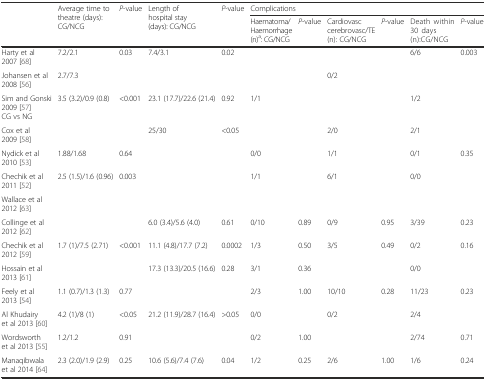
<table><thead><tr><td rowspan="2"></td><td rowspan="2"><b>Average time to theatre (days): CG/NCG</b></td><td rowspan="2"><b><i>P</i>-value</b></td><td rowspan="2"><b>Length of hospital stay (days): CG/NCG</b></td><td rowspan="2"><b><i>P</i>-value</b></td><td colspan="6"><b>Complications</b></td></tr><tr><td><b>Haematoma/Haemorrhage (n)<sup>a</sup>: CG/NCG</b></td><td><b><i>P</i>-value</b></td><td><b>Cardiovasc cerebrovasc/TE (n): CG/NCG</b></td><td><b><i>P</i>-value</b></td><td><b>Death within 30 days (n):CG/NCG</b></td><td><b><i>P</i>-value</b></td></tr></thead><tbody><tr><td>Harty et al 2007 [68]</td><td>7.2/2.1</td><td>0.03</td><td>7.4/3.1</td><td>0.02</td><td></td><td></td><td></td><td></td><td>6/6</td><td>0.003</td></tr><tr><td>Johansen et al 2008 [56]</td><td>2.7/7.3</td><td></td><td></td><td></td><td></td><td></td><td>0/2</td><td></td><td></td><td></td></tr><tr><td>Sim and Gonski 2009 [57]CG vs NG</td><td>3.5 (3.2)/0.9 (0.8)</td><td>&lt;0.001</td><td>23.1 (17.7)/22.6 (21.4)</td><td>0.92</td><td>1/1</td><td></td><td></td><td></td><td>1/2</td><td></td></tr><tr><td>Cox et al 2009 [58]</td><td></td><td></td><td>25/30</td><td>&lt;0.05</td><td></td><td></td><td>2/0</td><td></td><td>2/1</td><td></td></tr><tr><td>Nydick et al 2010 [53]</td><td>1.88/1.68</td><td>0.64</td><td></td><td></td><td>0/0</td><td></td><td>1/1</td><td></td><td>0/1</td><td>0.35</td></tr><tr><td>Chechik et al 2011 [52]</td><td>2.5 (1.5)/1.6 (0.96)</td><td>0.003</td><td></td><td></td><td>1/1</td><td></td><td>6/1</td><td></td><td>0/0</td><td></td></tr><tr><td>Wallace et al 2012 [63]</td><td></td><td></td><td></td><td></td><td></td><td></td><td></td><td></td><td></td><td></td></tr><tr><td>Collinge et al 2012 [62]</td><td></td><td></td><td>6.0 (3.4)/5.6 (4.0)</td><td>0.61</td><td>0/10</td><td>0.89</td><td>0/9</td><td>0.95</td><td>3/39</td><td>0.23</td></tr><tr><td>Chechik et al 2012 [59]</td><td>1.7 (1)/7.5 (2.71)</td><td>&lt;0.001</td><td>11.1 (4.8)/17.7 (7.2)</td><td>0.0002</td><td>1/3</td><td>0.50</td><td>3/5</td><td>0.49</td><td>0/2</td><td>0.16</td></tr><tr><td>Hossain et al 2013 [61]</td><td></td><td></td><td>17.3 (13.3)/20.5 (16.6)</td><td>0.28</td><td>3/1</td><td>0.36</td><td></td><td></td><td>0/0</td><td></td></tr><tr><td>Feely et al 2013 [54]</td><td>1.1 (0.7)/1.3 (1.3)</td><td>0.77</td><td></td><td></td><td>2/3</td><td>1.00</td><td>10/10</td><td>0.28</td><td>11/23</td><td>0.23</td></tr><tr><td>Al Khudairy et al 2013 [60]</td><td>4.2 (1)/8 (1)</td><td>&lt;0.05</td><td>21.2 (11.9)/28.7 (16.4)</td><td>&gt;0.05</td><td>0/0</td><td></td><td>0/2</td><td></td><td>2/4</td><td></td></tr><tr><td>Wordsworth et al 2013 [55]</td><td>1.2/1.2</td><td>0.91</td><td></td><td></td><td>0/2</td><td>1.00</td><td></td><td></td><td>2/74</td><td>0.71</td></tr><tr><td>Manaqibwala et al 2014 [64]</td><td>2.3 (2.0)/1.9 (2.9)</td><td>0.25</td><td>10.6 (5.6)/7.4 (7.6)</td><td>0.04</td><td>1/2</td><td>0.25</td><td>2/6</td><td>1.00</td><td>1/6</td><td>0.24</td></tr></tbody></table>